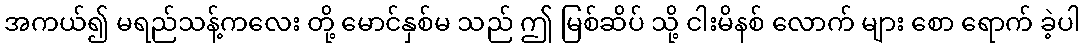
အကယ်၍ မရည်သန့်ကလေး တို့ မောင်နှစ်မ သည် ဤ မြစ်ဆိပ် သို့ ငါးမိနစ် လောက် များ စော ရောက် ခဲ့ပါ